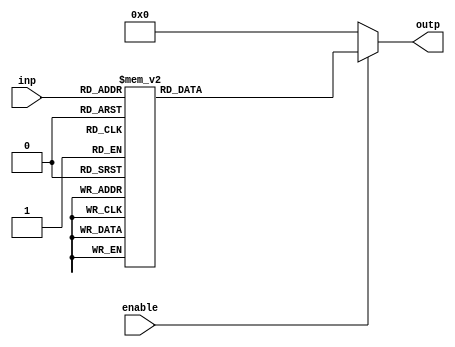
module decoder4to16(outp,inp,enable);
input [3:0]inp;
input enable;
output reg [15:0]outp;

// assign outp[inp] = enable;


always @(inp,enable)  
	begin  
		if(enable == 1'b1)
		begin
			case (inp)  
				4'b0000 : outp = 16'b0000000000000001;  
				4'b0001 : outp = 16'b0000000000000010;  
				4'b0010 : outp = 16'b0000000000000100;   
				4'b0011 : outp = 16'b0000000000001000;    
				4'b0100 : outp = 16'b0000000000010000;    
				4'b0101 : outp = 16'b0000000000100000;    
				4'b0110 : outp = 16'b0000000001000000;   
				4'b0111 : outp = 16'b0000000010000000;    
				
				4'b1000 : outp = 16'b0000000100000000;    
				4'b1001 : outp = 16'b0000001000000000;   
				4'b1010 : outp = 16'b0000010000000000;    
				4'b1011 : outp = 16'b0000100000000000;    
				4'b1100 : outp = 16'b0001000000000000;    
				4'b1101 : outp = 16'b0010000000000000;    
				4'b1110 : outp = 16'b0100000000000000;    
				4'b1111 : outp = 16'b1000000000000000;  
		 endcase  
		end
		
		else
			outp = 16'b0;
  end  
endmodule